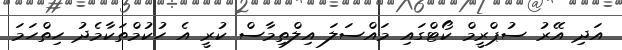
އަދި އޭރު ސުޕްރީމް ކޯޓްގައި މައްސަލަ އިލްތިމާސް ކުރީ އެ ހުކުމްތަކާމެދު ހިތްހަމަ